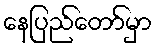
နေပြည်တော်မှာ